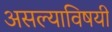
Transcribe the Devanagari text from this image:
असल्याविषयी